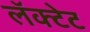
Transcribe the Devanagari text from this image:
लॅक्टेट